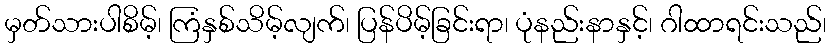
မှတ်သားပါစိမ့်၊ ကြံနှစ်သိမ့်လျက်၊ ပြန်ပိမ့်ခြင်းရာ၊ ပုံနည်းနာနှင့်၊ ဂါထာရင်းသည်၊